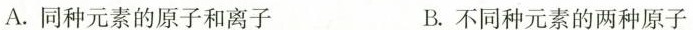
A.同种元素的原子和离子 B.不同种元素的两种原子